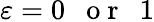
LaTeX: \varepsilon=0\enspace\mathrm{~o~r~}\enspace 1